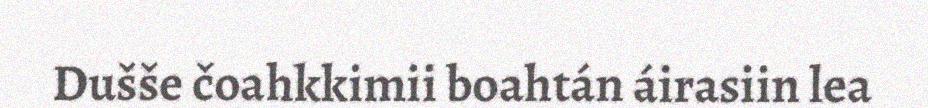
Dušše čoahkkimii boahtán áirasiin lea